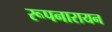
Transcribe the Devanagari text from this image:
रूपनारायन